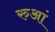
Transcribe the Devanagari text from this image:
रुआं